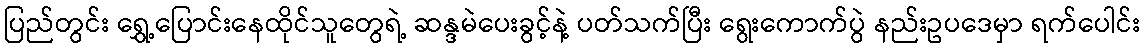
ပြည်တွင်း ရွှေ့ပြောင်းနေထိုင်သူတွေရဲ့ ဆန္ဒမဲပေးခွင့်နဲ့ ပတ်သက်ပြီး ရွေးကောက်ပွဲ နည်းဥပဒေမှာ ရက်ပေါင်း